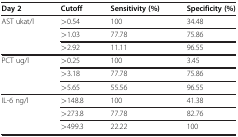
| Day 2 | Cutoff | Sensitivity (%) | Specificity (%) |
 | --- | --- | --- | --- |
 | AST ukat/l | >0.54 | 100 | 34.48 |
 |  | >1.03 | 77.78 | 75.86 |
 |  | >2.92 | 11.11 | 96.55 |
 | PCT ug/l | >0.25 | 100 | 3.45 |
 |  | >3.18 | 77.78 | 75.86 |
 |  | >5.65 | 55.56 | 96.55 |
 | IL-6 ng/l | >148.8 | 100 | 41.38 |
 |  | >273.8 | 77.78 | 82.76 |
 |  | >499.3 | 22.22 | 100 |